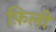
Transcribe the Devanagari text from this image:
फ़िली